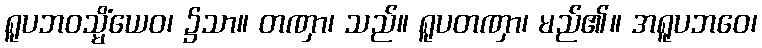
ရူပဘဝသ္မိံယေဝ၊ ၌သာ။ တဏှာ၊ သည်။ ရူပတဏှာ၊ မည်၏။ အရူပဘဝေ၊